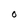
Character: n